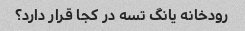
رودخانه یانگ تسه در کجا قرار دارد؟